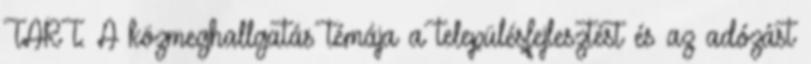
TART. A közmeghallgatás témája a településfejlesztést és az adózást